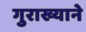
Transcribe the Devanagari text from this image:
गुराख्याने